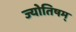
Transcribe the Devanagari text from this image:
ज्योतिषम्